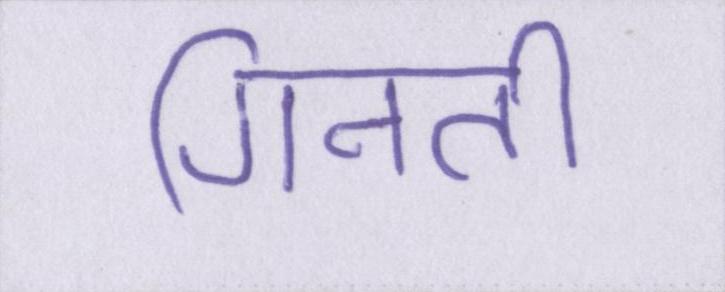
गिनती